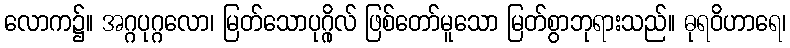
လောက၌။ အဂ္ဂပုဂ္ဂလော၊ မြတ်သောပုဂ္ဂိုလ် ဖြစ်တော်မူသော မြတ်စွာဘုရားသည်။ ဓုရဝိဟာရေ၊